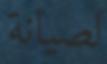
لصيانة